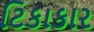
ટિકાકાર